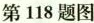
第118题图